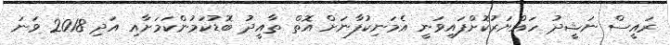
ރައީސް ނަޝީދު ހައްޔަރުކޮށްފައިވަނީ އެމަނިކުފާނަށް އޮތް ތާއީދު ބޮޑުކަމުންކަމަށާއި އަދި 2018 ވަނަ